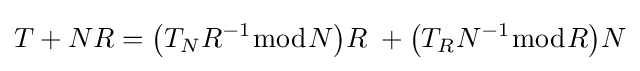
T+NR={\bigl (}T_{N}R^{-1}{\bmod {N}}{\bigr )}R\;+{\bigl (}T_{R}N^{-1}{\bmod {R}}{\bigr )}N